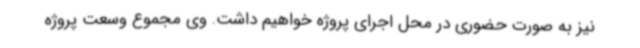
نیز به صورت حضوری در محل اجرای پروژه خواهیم داشت. وی مجموع وسعت پروژه